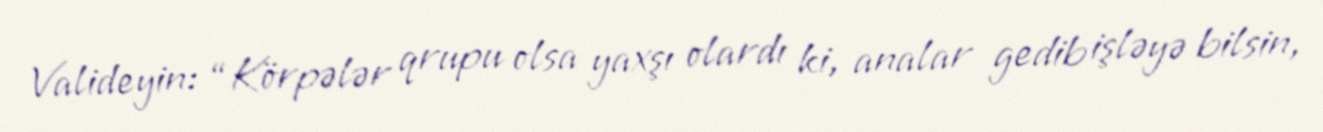
Valideyin: “Körpələr qrupu olsa yaxşı olardı ki, analar gedib işləyə bilsin,